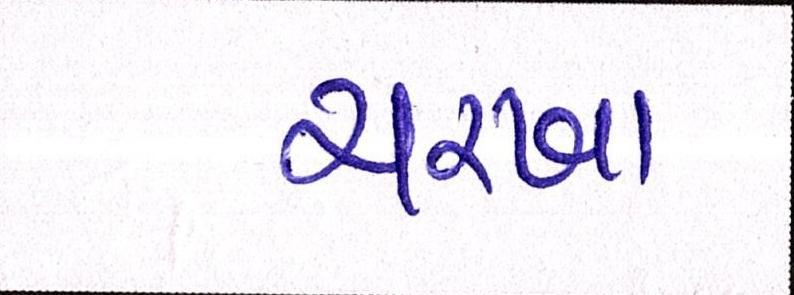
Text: ચરખા